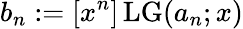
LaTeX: b_{n}:=[x^{n}]\operatorname{LG}(a_{n};x)